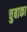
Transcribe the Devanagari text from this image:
चुबाका